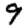
Digit: 9